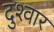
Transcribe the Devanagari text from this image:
दुश्‍वार